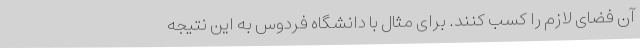
آن فضای لازم را کسب کنند. برای مثال با دانشگاه فردوس به این نتیجه